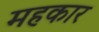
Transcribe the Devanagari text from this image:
महकार